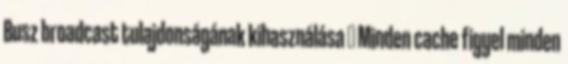
Busz broadcast tulajdonságának kihasználása ● Minden cache figyel minden